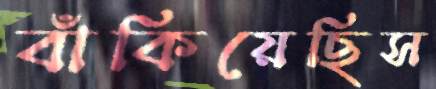
বাঁকিয়েছিস